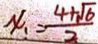
x = \frac { 4 + \sqrt { 6 } } { 2 }